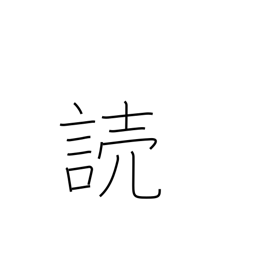
Meaning: read